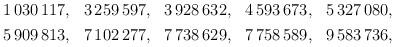
LaTeX: \begin{align*}\begin{aligned}1\,030\,117 &,& 3\,259\,597 &,& 3\,928\,632 &,& 4\,593\,673 &,& 5\,327\,080, \\5\,909\,813 &,& 7\,102\,277 &,& 7\,738\,629 &,& 7\,758\,589 &,& 9\,583\,736, \end{aligned}\end{align*}